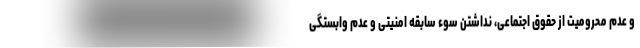
و عدم محرومیت از حقوق اجتماعی، نداشتن سوء سابقه امنیتی و عدم وابستگی